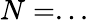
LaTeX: N=...